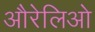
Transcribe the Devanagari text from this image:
औरेलिओ